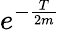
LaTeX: e^{-\frac{T}{2m}}